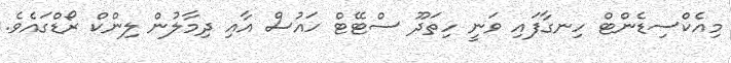
މިއެކްސިޑެންޓް ހިނގާފައި ވަނީ ހިތަދޫ ސްޓޭޓް ހައުސް އާއި ދިމާލުން ލިންކް ރޯޑްގައެވެ.